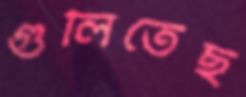
গুলিতেছ